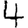
Digit: 4